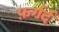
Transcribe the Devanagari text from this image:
फ़र्गर्द